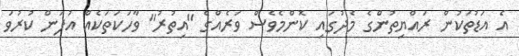
އެ އަޑުތަކުން ރައްޔިތުންގެ މެދުގައި ކޮންމެވެސް ވަރެއްގެ "އިތުރު" ވާހަކަތަކެއް އުފަން ކުރުވަ